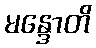
မန္ဒောတိ